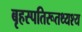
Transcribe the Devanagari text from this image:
बृहस्पतिरूतथ्यश्य